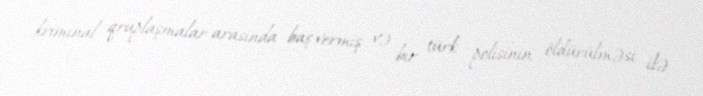
kriminal qruplaşmalar arasında baş vermiş və bir türk polisinin öldürülməsi ilə